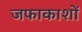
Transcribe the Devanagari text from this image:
जफाकाशों